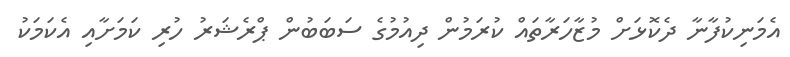
އެމަނިކުފާނާ ދެކޮޅަށް މުޒާހަރާތައް ކުރަމުން ދިއުމުގެ ސަބަބުން ޕްރެޝަރު ހުރި ކަމަށާއި އެކަމަކު